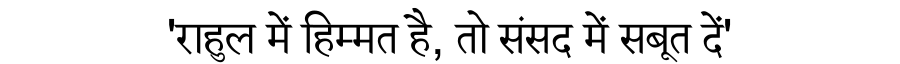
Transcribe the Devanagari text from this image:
'राहुल में हिम्मत है, तो संसद में सबूत दें'